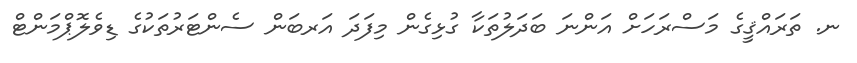
ނ. ތަރައްޤީގެ މަސްރަހަށް އަންނަ ބަދަލުތަކާ ގުޅިގެން މިފަދަ އަރބަން ސެންޓަރުތަކުގެ ޑިވެލޮޕްމަންޓް